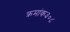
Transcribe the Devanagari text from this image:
क्रमांक३०८